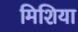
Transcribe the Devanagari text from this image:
मिशिया